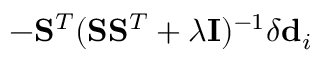
- \mathbf { S } ^ { T } ( \mathbf { S } \mathbf { S } ^ { T } + \lambda \mathbf { I } ) ^ { - 1 } \delta \mathbf { d } _ { i }